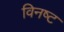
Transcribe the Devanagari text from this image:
विनष्‍ट